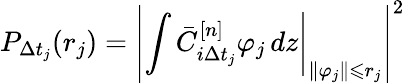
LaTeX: P_{\Delta t_{j}}(r_{j})=\left|\left.\int\bar{C}_{i\Delta t_{j}}^{[n]}\varphi_{j}\mathop{}\! {d{z}}\right|_{\| \varphi_{j}\| \leqslant r_{j}}\right|^{2}